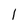
Character: l